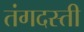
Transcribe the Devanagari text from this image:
तंगदस्ती